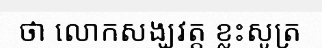
ថា លោកសង្ឃវត្ត ខ្លះសូត្រ